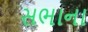
સભાના